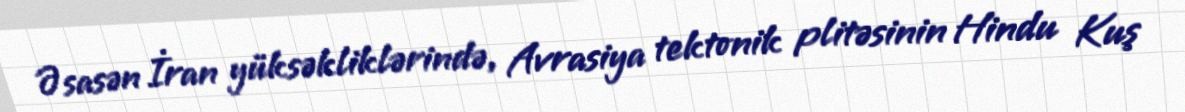
Əsasən İran yüksəkliklərində, Avrasiya tektonik plitəsinin Hindu Kuş